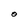
Character: O